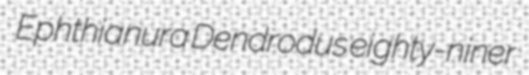
Ephthianura Dendrodus eighty-niner